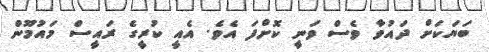
ބަޔަކަށް ދައުވާ ވެސް ވަނީ ކޮށްފަ އެވެ. އެއީ ކުރީގެ ރައީސް މައުމޫން